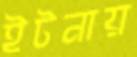
ইটনায়